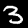
Digit: 3